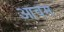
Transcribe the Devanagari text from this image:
आवम